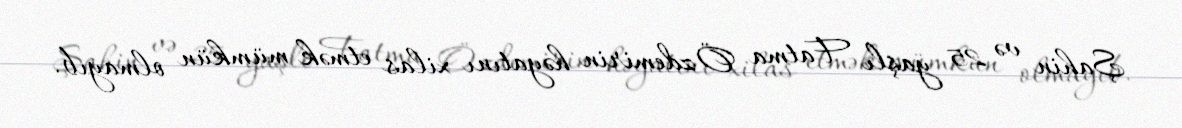
Şahin və 25 yaşlı Fatma Özdemirin həyatını xilas etmək mümkün olmayıb.